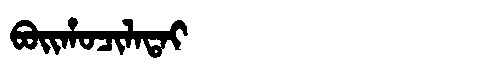
Manchu: ᠪᠣᡳᡥᠣᠴᡳᠯᠠᡨᠠᡳ
Romanization: BOIHOCILATAI